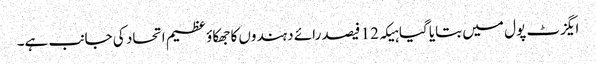
ایگزٹ پول میں بتایا گیا ہیکہ 12 فیصد رائے دہندوں کا جھکاؤ عظیم اتحاد کی جانب ہے۔